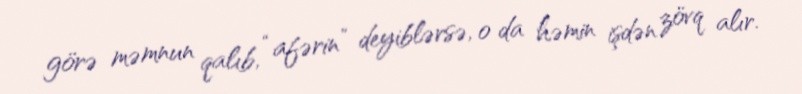
görə məmnun qalıb, “afərin” deyiblərsə, o da həmin işdən zövq alır.